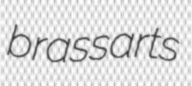
brassarts